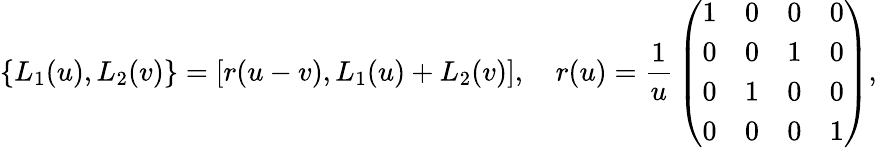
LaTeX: \{ L_{1}(u),L_{2}(v)\} =[r(u-v),L_{1}(u)+L_{2}(v)],\quad r(u)={\frac{1}{u}}\left(\begin{array}{llll}{{1}}&{{0}}&{{0}}&{{0}}\\ {{0}}&{{0}}&{{1}}&{{0}}\\ {{0}}&{{1}}&{{0}}&{{0}}\\ {{0}}&{{0}}&{{0}}&{{1}}\end{array}\right),